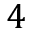
4